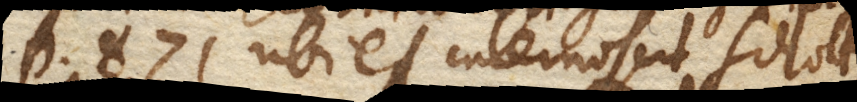
p. 871 ubi et internoscit Schottus